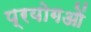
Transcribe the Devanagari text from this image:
प्रयोगओं